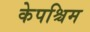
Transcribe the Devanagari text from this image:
केपश्चिम